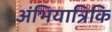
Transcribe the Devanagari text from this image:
अंभियात्रिकि